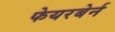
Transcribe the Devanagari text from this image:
फेयरबेर्न